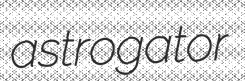
astrogator